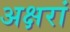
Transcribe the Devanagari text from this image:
अक्षरां